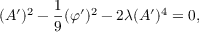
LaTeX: ( A ^ { \prime } ) ^ { 2 } - \frac { 1 } { 9 } ( \varphi ^ { \prime } ) ^ { 2 } - 2 \lambda ( A ^ { \prime } ) ^ { 4 } = 0 ,